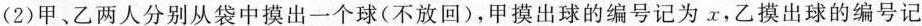
(2)甲、乙两人分别从袋中摸出一个球(不放回)，甲摸出球的编号记为x，乙摸出球的编号记